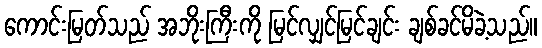
ကောင်းမြတ်သည် အဘိုးကြီးကို မြင်လျှင်မြင်ချင်း ချစ်ခင်မိခဲ့သည်။